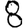
Digit: 8